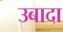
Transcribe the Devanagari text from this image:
उबादा